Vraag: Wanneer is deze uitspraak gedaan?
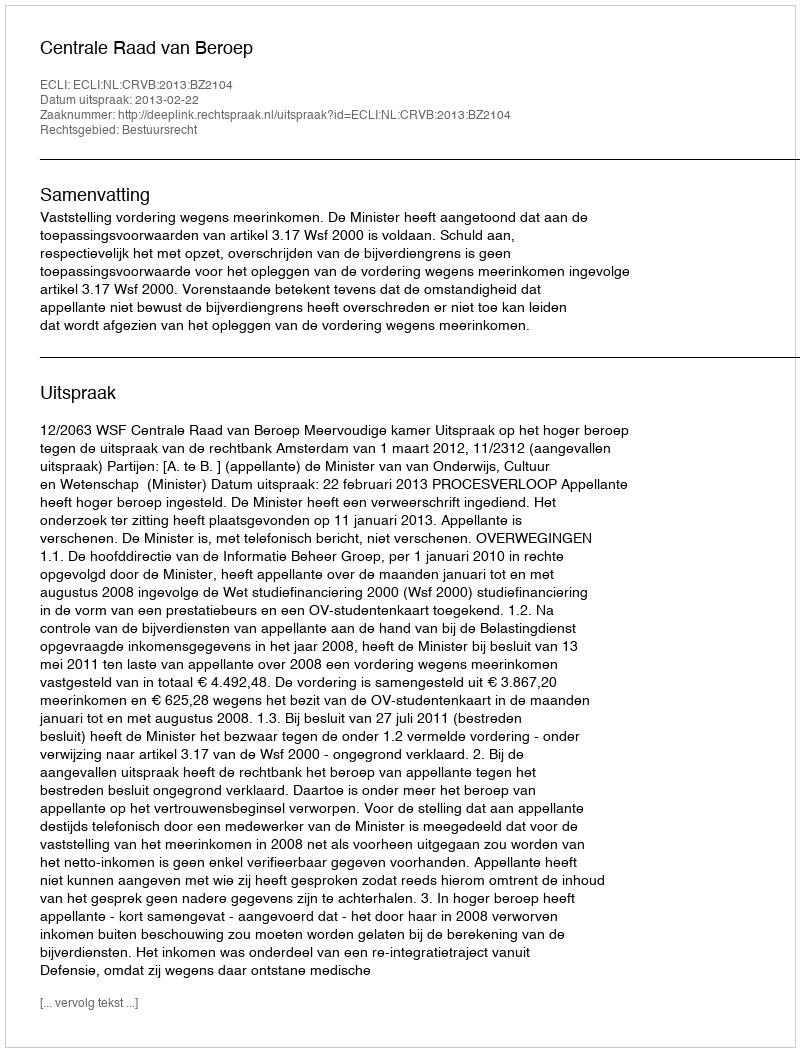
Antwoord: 2013-02-22